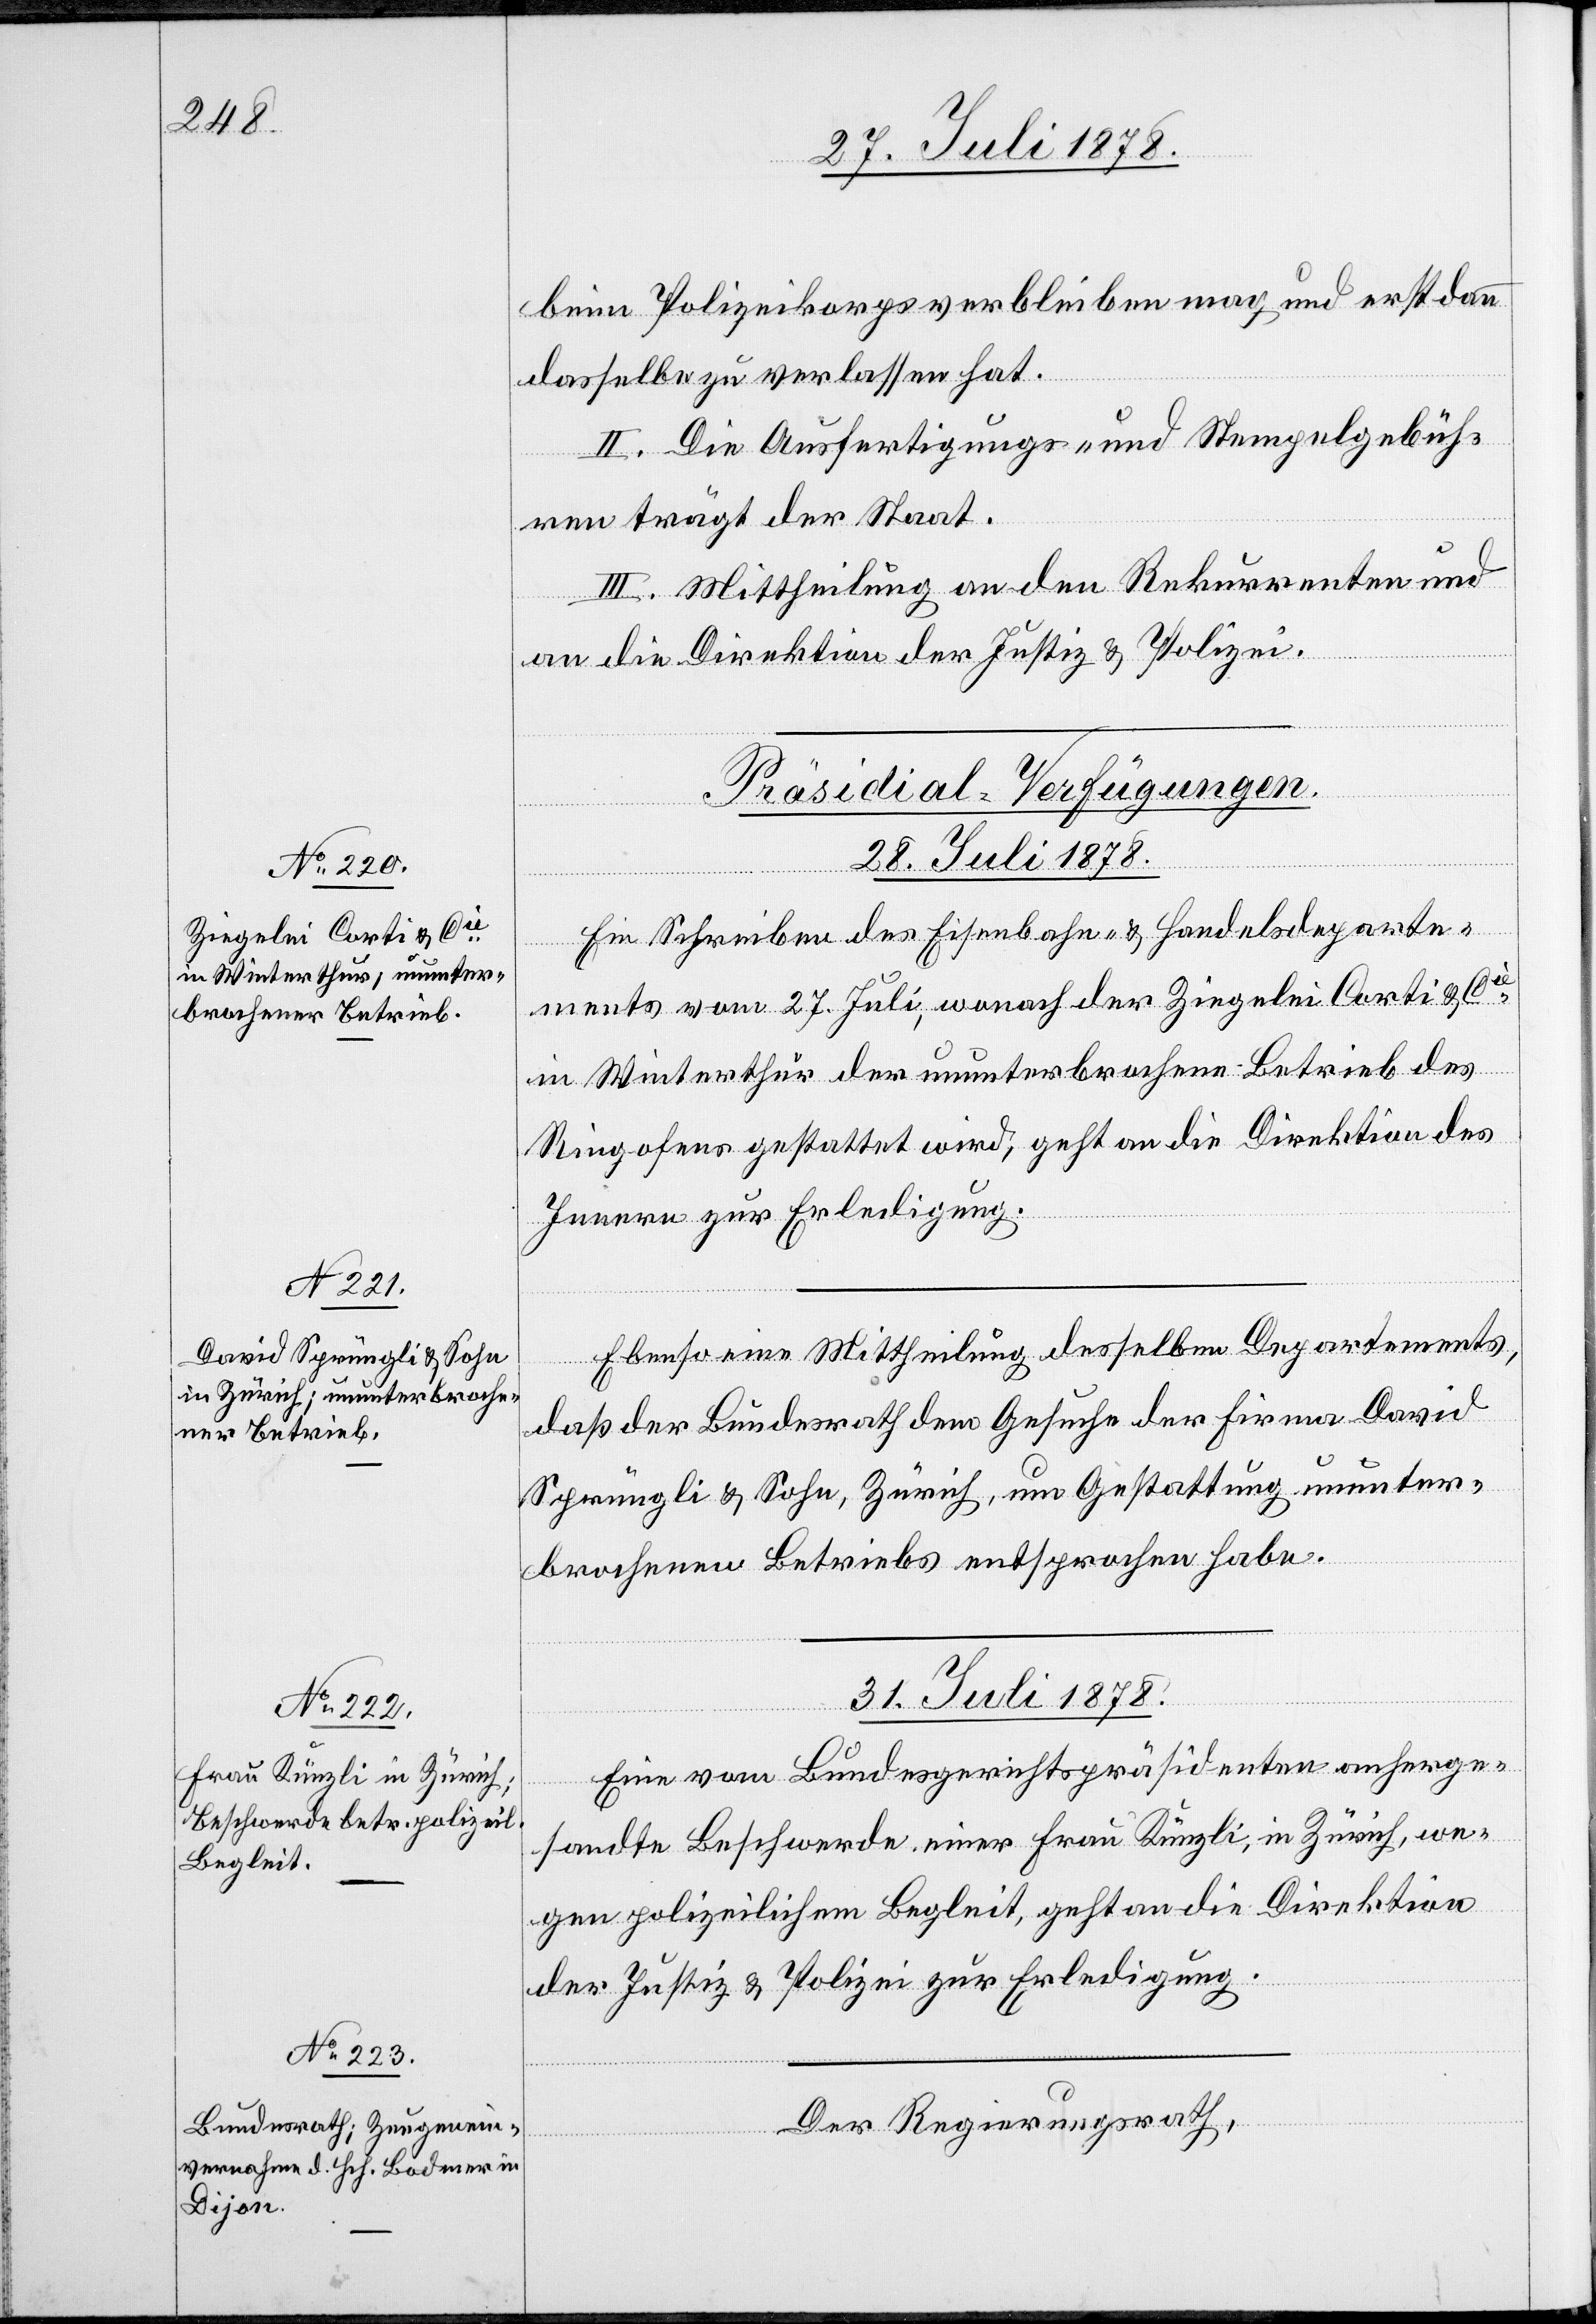
beim Polizeikorps verbleiben mag und erst dann
dasselbe zu verlassen hat.
II. Die Ausfertigungs- und Stempelgebüh¬
ren trägt der Staat.
III. Mittheilung an den Rekurrenten und
an die Direktion der Justiz & Polizei.
[Präsidial-Verfügungen.
28. Juli 1878.]
Ein Schreiben des Eisenbahn- & Handelsdeparte¬
ments vom 27. Juli, wonach der Ziegelei Corti & Cie
in Winterthur der ununterbrochene Betrieb des
Ringofens gestattet wird, geht an die Direktion des
Innern zur Erledigung.
Ebenso eine Mittheilung desselben Departements,
daß der Bundesrath dem Gesuche der Firma David
Sprüngli & Sohn, Zürich, um Gestattung ununter¬
brochenen Betriebs entsprochen habe.
31. Juli 1878.]
Eine vom Bundesgerichtspräsidenten anherge¬
sandte Beschwerde einer Frau Künzli, in Zürich, we¬
gen polizeilichem Begleit, geht an die Direktion
der Justiz & Polizei zur Erledigung.
Der Regierungsrath,